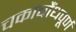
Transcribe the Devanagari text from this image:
चकाचौंधपूर्ण